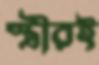
স্ত্রীরই